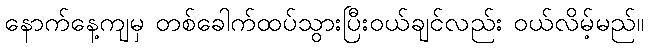
နောက်နေ့ကျမှ တစ်ခေါက်ထပ်သွားပြီးဝယ်ချင်လည်း ဝယ်လိမ့်မည်။